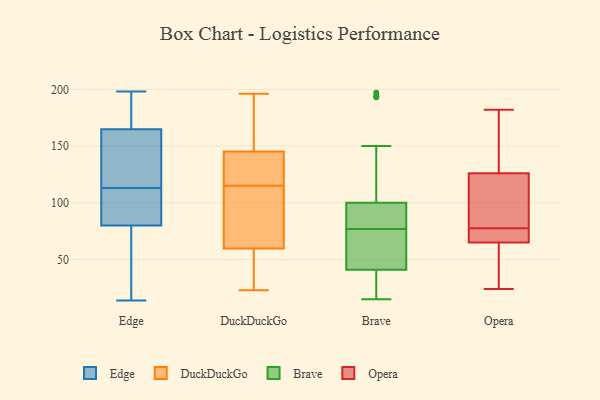
{"axis": {"x": "Temperature (°C)", "y": "Value"}, "legend": ["Brave", "DuckDuckGo", "Edge", "Opera"], "data": [{"x": "", "y": 23, "type": "Edge"}, {"x": "", "y": 178, "type": "Edge"}, {"x": "", "y": 150, "type": "Edge"}, {"x": "", "y": 14, "type": "Edge"}, {"x": "", "y": 133, "type": "Edge"}, {"x": "", "y": 177, "type": "Edge"}, {"x": "", "y": 198, "type": "Edge"}, {"x": "", "y": 86, "type": "Edge"}, {"x": "", "y": 78, "type": "Edge"}, {"x": "", "y": 113, "type": "Edge"}, {"x": "", "y": 165, "type": "Edge"}, {"x": "", "y": 164, "type": "Edge"}, {"x": "", "y": 188, "type": "Edge"}, {"x": "", "y": 100, "type": "Edge"}, {"x": "", "y": 139, "type": "Edge"}, {"x": "", "y": 67, "type": "Edge"}, {"x": "", "y": 110, "type": "Edge"}, {"x": "", "y": 20, "type": "Edge"}, {"x": "", "y": 95, "type": "Edge"}, {"x": "", "y": 133, "type": "DuckDuckGo"}, {"x": "", "y": 72, "type": "DuckDuckGo"}, {"x": "", "y": 36, "type": "DuckDuckGo"}, {"x": "", "y": 68, "type": "DuckDuckGo"}, {"x": "", "y": 146, "type": "DuckDuckGo"}, {"x": "", "y": 181, "type": "DuckDuckGo"}, {"x": "", "y": 137, "type": "DuckDuckGo"}, {"x": "", "y": 143, "type": "DuckDuckGo"}, {"x": "", "y": 115, "type": "DuckDuckGo"}, {"x": "", "y": 81, "type": "DuckDuckGo"}, {"x": "", "y": 113, "type": "DuckDuckGo"}, {"x": "", "y": 196, "type": "DuckDuckGo"}, {"x": "", "y": 180, "type": "DuckDuckGo"}, {"x": "", "y": 115, "type": "DuckDuckGo"}, {"x": "", "y": 57, "type": "DuckDuckGo"}, {"x": "", "y": 56, "type": "DuckDuckGo"}, {"x": "", "y": 146, "type": "DuckDuckGo"}, {"x": "", "y": 37, "type": "DuckDuckGo"}, {"x": "", "y": 23, "type": "DuckDuckGo"}, {"x": "", "y": 197, "type": "Brave"}, {"x": "", "y": 73, "type": "Brave"}, {"x": "", "y": 15, "type": "Brave"}, {"x": "", "y": 81, "type": "Brave"}, {"x": "", "y": 72, "type": "Brave"}, {"x": "", "y": 88, "type": "Brave"}, {"x": "", "y": 85, "type": "Brave"}, {"x": "", "y": 81, "type": "Brave"}, {"x": "", "y": 26, "type": "Brave"}, {"x": "", "y": 100, "type": "Brave"}, {"x": "", "y": 17, "type": "Brave"}, {"x": "", "y": 150, "type": "Brave"}, {"x": "", "y": 41, "type": "Brave"}, {"x": "", "y": 33, "type": "Brave"}, {"x": "", "y": 48, "type": "Brave"}, {"x": "", "y": 194, "type": "Brave"}, {"x": "", "y": 193, "type": "Brave"}, {"x": "", "y": 52, "type": "Brave"}, {"x": "", "y": 119, "type": "Opera"}, {"x": "", "y": 75, "type": "Opera"}, {"x": "", "y": 156, "type": "Opera"}, {"x": "", "y": 71, "type": "Opera"}, {"x": "", "y": 24, "type": "Opera"}, {"x": "", "y": 65, "type": "Opera"}, {"x": "", "y": 182, "type": "Opera"}, {"x": "", "y": 126, "type": "Opera"}, {"x": "", "y": 80, "type": "Opera"}, {"x": "", "y": 37, "type": "Opera"}]}